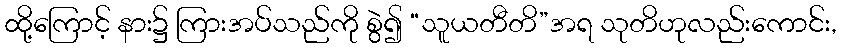
ထို့ကြောင့် နား၌ ကြားအပ်သည်ကို စွဲ၍ “သူယတီတိ”အရ သုတိဟုလည်းကောင်း,